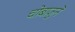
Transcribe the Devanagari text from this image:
चाेबाजुने